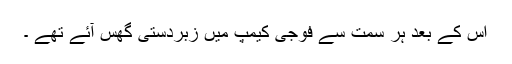
اس کے بعد ہر سمت سے فوجی کیمپ میں زبردستی گھس آئے تھے ۔